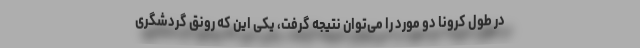
در طول کرونا دو مورد را می‌توان نتیجه گرفت، یکی این که رونق گردشگری